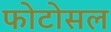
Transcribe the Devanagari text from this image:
फोटोसल